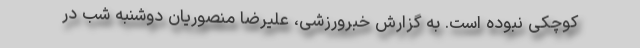
کوچکی نبوده است. به گزارش خبرورزشی، علیرضا منصوریان دوشنبه شب در